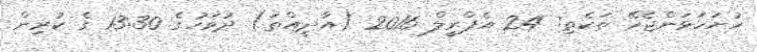
ހުށަހަޅަންޖެހޭ ތަކެތި: 24 އެޕްރީލް 2016 (އާދީއްތަ) ދުވަހުގެ 13:30 ގެ ކުރިން